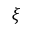
\xi